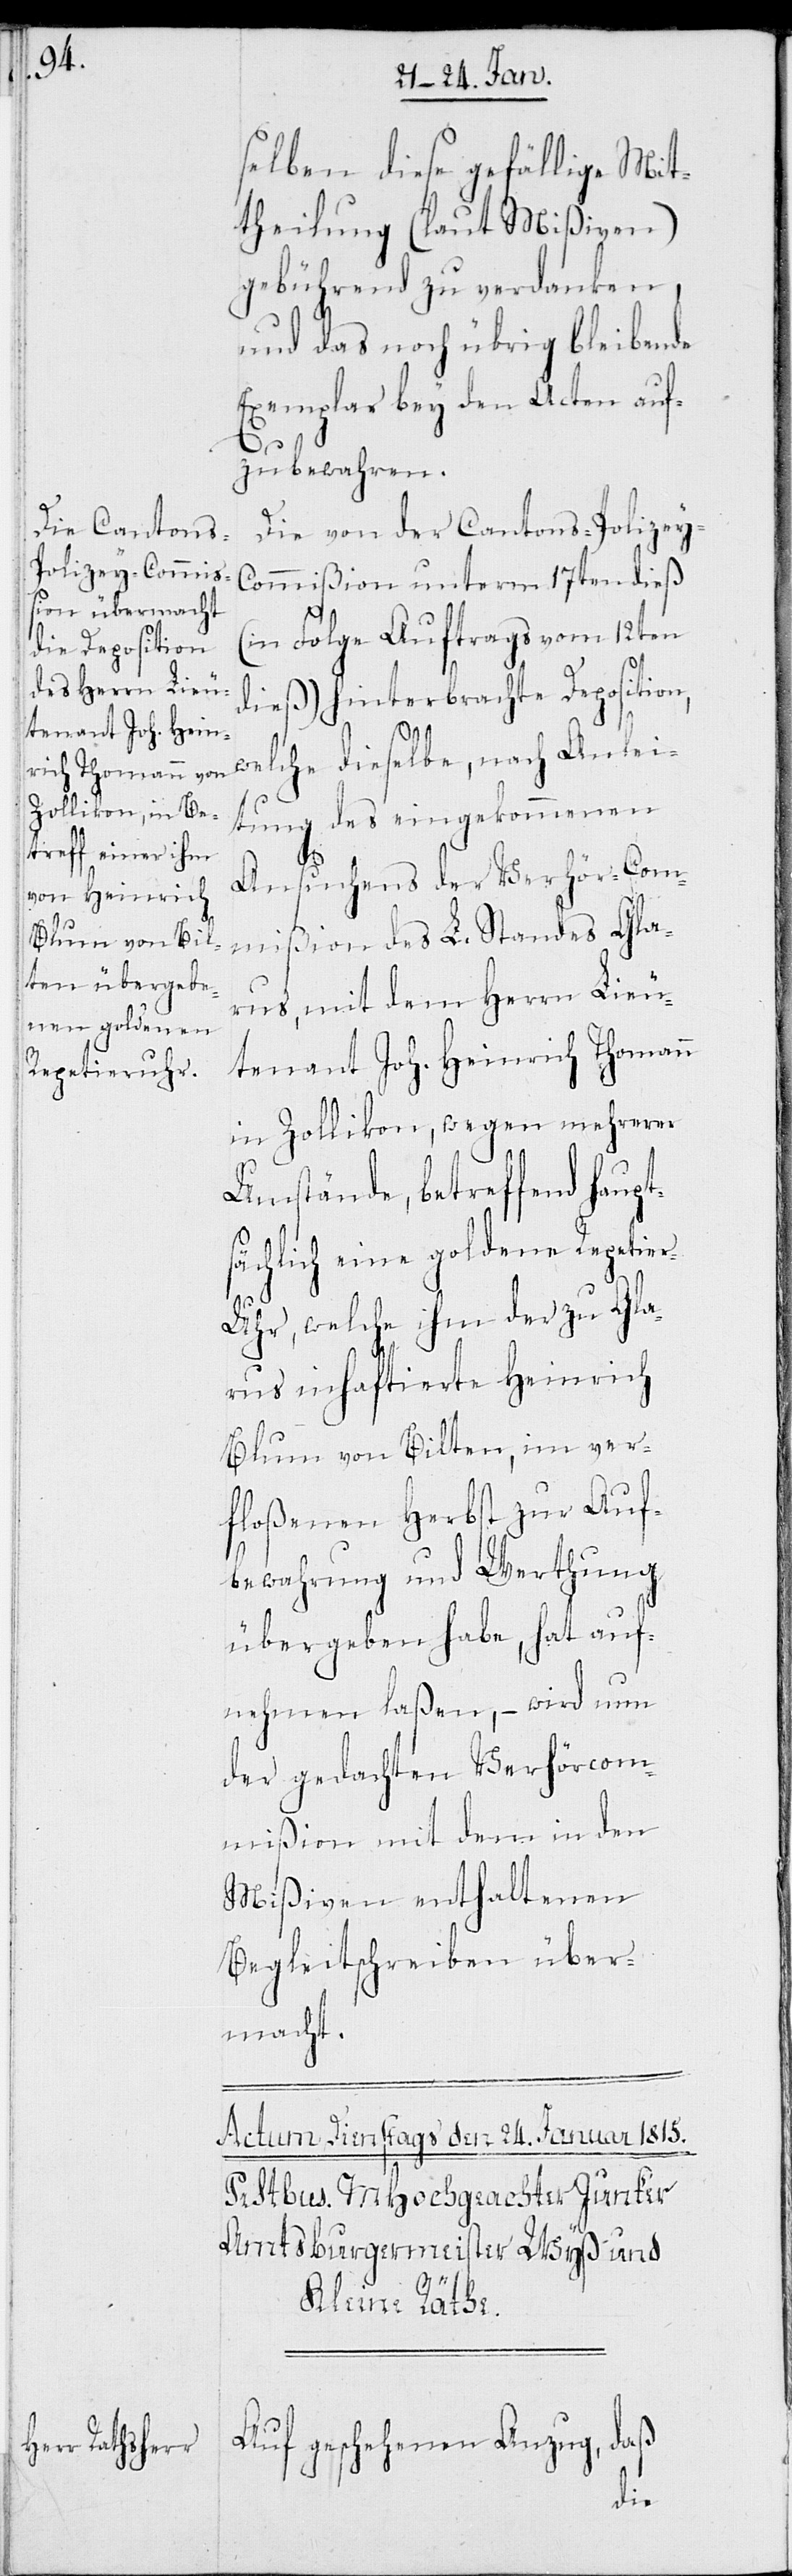
selben diese gefällige Mit¬
theilung (laut Mißiven)
gebührend zu verdanken,
und das noch übrig bleibende
Exemplar bey den Acten auf¬
zubewahren.
Die von der Cantons-Polizey-C¬
ommißion unterm 17ten dieß
(in Folge Auftrags vom 12ten
dieß) hinterbrachte Deposition,
welche dieselbe, nach Anlei¬
tung des eingekommenen
Ansuchens der Verhör-Com¬
mißion des L. Standes Gla¬
rus, mit dem Herrn Lieu¬
tenant Joh. Heinrich Thomann
in Zollikon, wegen mehrerer
Umstände, betreffend haupt¬
sächlich eine goldene Repetie¬
r-Uhr, welche ihm der zu Gla¬
rus inhaftierte Heinrich
Blum von Bilten, im ver¬
floßenen Herbst zur Auf¬
bewahrung und Werthung
übergeben habe, hat auf¬
nehmen laßen, – wird nun
der gedachten Verhörcom¬
mißion mit dem in den
Mißiven enthaltenen
Begleitschreiben über¬
macht.
daß
Auf geschehenen Anzug,